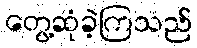
တွေ့ဆုံခဲ့ကြသည်